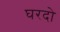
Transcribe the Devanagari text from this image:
घरदो